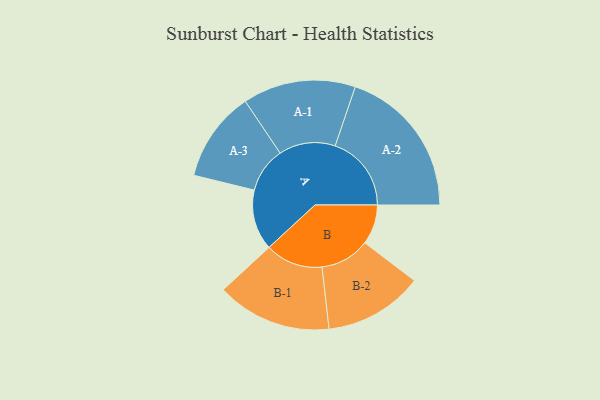
{"axis": {"x": "Segment", "y": "Value"}, "legend": ["", "A", "B"], "data": [{"x": "A", "y": 211, "type": ""}, {"x": "B", "y": 139, "type": ""}, {"x": "A-1", "y": 197, "type": "A"}, {"x": "A-2", "y": 266, "type": "A"}, {"x": "A-3", "y": 158, "type": "A"}, {"x": "B-1", "y": 201, "type": "B"}, {"x": "B-2", "y": 173, "type": "B"}]}